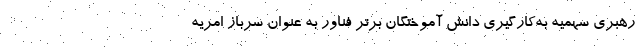
رهبری سهمیه به‌کارگیری دانش آموختگان برتر فناور به عنوان سرباز امریه